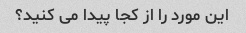
این مورد را از کجا پیدا می کنید؟